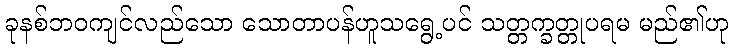
ခုနစ်ဘဝကျင်လည်သော သောတာပန်ဟူသရွေ့ပင် သတ္တက္ခတ္တုပရမ မည်၏ဟု